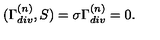
( \Gamma _ { d i v } ^ { ( n ) } , S ) = \sigma \Gamma _ { d i v } ^ { ( n ) } = 0 .